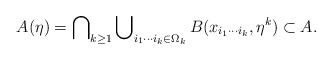
\begin{align*}A(\eta)=\bigcap\nolimits_{k\geq1}\bigcup\nolimits_{i_{1}\cdots i_{k}\in\Omega_{k}}B(x_{i_{1}\cdots i_{k}},\eta^{k})\subset A.\end{align*}